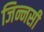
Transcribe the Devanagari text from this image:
जिन्नसी